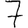
Digit: 7